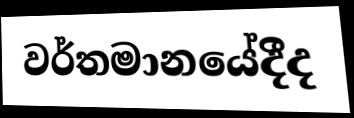
වර්තමානයේදීද